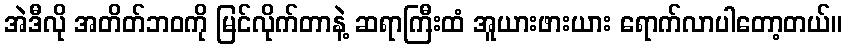
အဲဒီလို အတိတ်ဘဝကို မြင်လိုက်တာနဲ့ ဆရာကြီးထံ အူယားဖားယား ရောက်လာပါတော့တယ်။